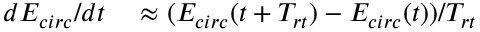
\begin{array} { r l } { d E _ { c i r c } / d t } & { { } \approx ( E _ { c i r c } ( t + T _ { r t } ) - E _ { c i r c } ( t ) ) / T _ { r t } } \end{array}